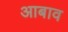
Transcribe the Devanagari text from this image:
आबाव